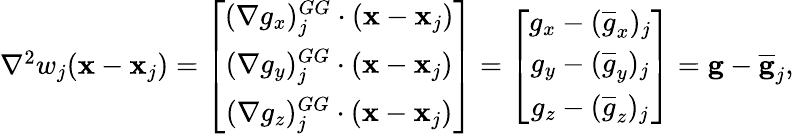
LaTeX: \begin{array}{r}{{\nabla}^{2}w_{j}({\mathbf x}-{\mathbf x}_{j})=\left[\begin{array}{c}{(\nabla{g}_{x})_{j}^{GG}\cdot({\mathbf x}-{\mathbf x}_{j})}\\ {(\nabla{g}_{y})_{j}^{GG}\cdot({\mathbf x}-{\mathbf x}_{j})}\\ {(\nabla{g}_{z})_{j}^{GG}\cdot({\mathbf x}-{\mathbf x}_{j})}\end{array}\right]=\left[\begin{array}{c}{\displaystyle{g}_{x}-(\overline{{g}}_{x})_{j}}\\ {\displaystyle{g}_{y}-(\overline{{g}}_{y})_{j}}\\ {\displaystyle{g}_{z}-(\overline{{g}}_{z})_{j}}\end{array}\right]={\mathbf g}-\overline{{\mathbf g}}_{j},}\end{array}